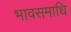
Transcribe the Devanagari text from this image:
भावसमाधि